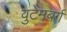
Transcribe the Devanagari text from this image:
वुटेमबर्ग